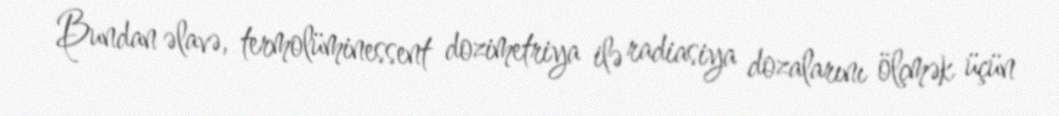
Bundan əlavə, termolüminessent dozimetriya ilə radiasiya dozalarını ölçmək üçün